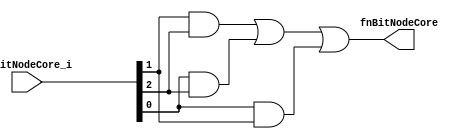
//
// Generated by Bluespec Compiler, version 2018.10.beta1 (build e1df8052c, 2018-10-17)
//
// On Wed May  1 14:05:33 IST 2019
//
//
// Ports:
// Name                         I/O  size props
// fnBitNodeCore                  O     1
// fnBitNodeCore_i                I     3
//
// Combinational paths from inputs to outputs:
//   fnBitNodeCore_i -> fnBitNodeCore
//
//

`ifdef BSV_ASSIGNMENT_DELAY
`else
  `define BSV_ASSIGNMENT_DELAY
`endif

`ifdef BSV_POSITIVE_RESET
  `define BSV_RESET_VALUE 1'b1
  `define BSV_RESET_EDGE posedge
`else
  `define BSV_RESET_VALUE 1'b0
  `define BSV_RESET_EDGE negedge
`endif

module module_fnBitNodeCore(fnBitNodeCore_i,
			    fnBitNodeCore);
  // value method fnBitNodeCore
  input  [2 : 0] fnBitNodeCore_i;
  output fnBitNodeCore;

  // signals for module outputs
  wire fnBitNodeCore;

  // remaining internal signals
  wire x__h27, x__h29, y__h28, y__h30;

  // value method fnBitNodeCore
  assign fnBitNodeCore = x__h27 | y__h28 ;

  // remaining internal signals
  assign x__h27 = x__h29 | y__h30 ;
  assign x__h29 = fnBitNodeCore_i[1] & fnBitNodeCore_i[2] ;
  assign y__h28 = fnBitNodeCore_i[0] & fnBitNodeCore_i[1] ;
  assign y__h30 = fnBitNodeCore_i[0] & fnBitNodeCore_i[2] ;
endmodule  // module_fnBitNodeCore